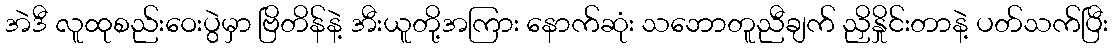
အဲဒီ လူထုစည်းဝေးပွဲမှာ ဗြိတိန်နဲ့ အီးယူတို့အကြား နောက်ဆုံး သဘောတူညီချက် ညှိနှိုင်းတာနဲ့ ပတ်သက်ပြီး